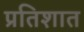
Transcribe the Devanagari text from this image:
प्रतिशात